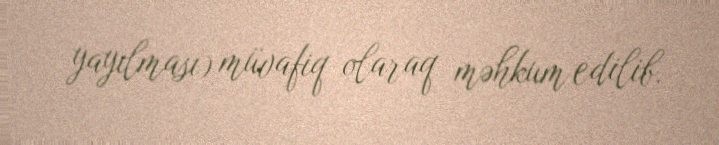
yayılması) müvafiq olaraq məhkum edilib.